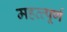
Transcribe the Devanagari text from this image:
महत्‍व्‍पूर्ण